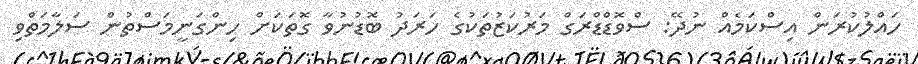
ހައްލުކުރަން އިސްކަމެއް ނުދޭ: ސްވޮޑްޑްރަގް މަރުކަޒުތަކުގެ ހަރަދު ބޮޑުނުވާ ގޮތަކަށް ހިންގަނީމަސްތުން ސަލާމަތްވި